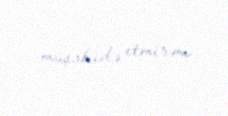
müşahidə etmirəm.